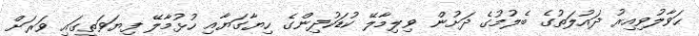
ޙަވާލުވިއިރު ދައުލަތުގެ ބެލުމުގެ ދަށުން ވިލިމާލޭ ކުޑަކުދިންގެ ހިޔާގަޔާއި ހުޅުމާލޭ ފިޔަވަތީގައި ވަރަށް